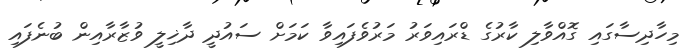
މިހާދިސާގައި ގޮއްވާލި ކާރުގެ ޑްރައިވަރު މަރުވެފައިވާ ކަމަށް ސައުދީ ދާޚިލީ ވުޒާރާއިން ބުނެފައި